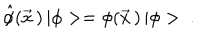
LaTeX: \hat { \phi } ( \vec { x } \, ) \, | \phi > = \phi ( \vec { x } \, ) \, | \phi > \ .